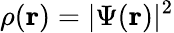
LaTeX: \rho({\mathbf r})=|\Psi({\mathbf r})|^{2}